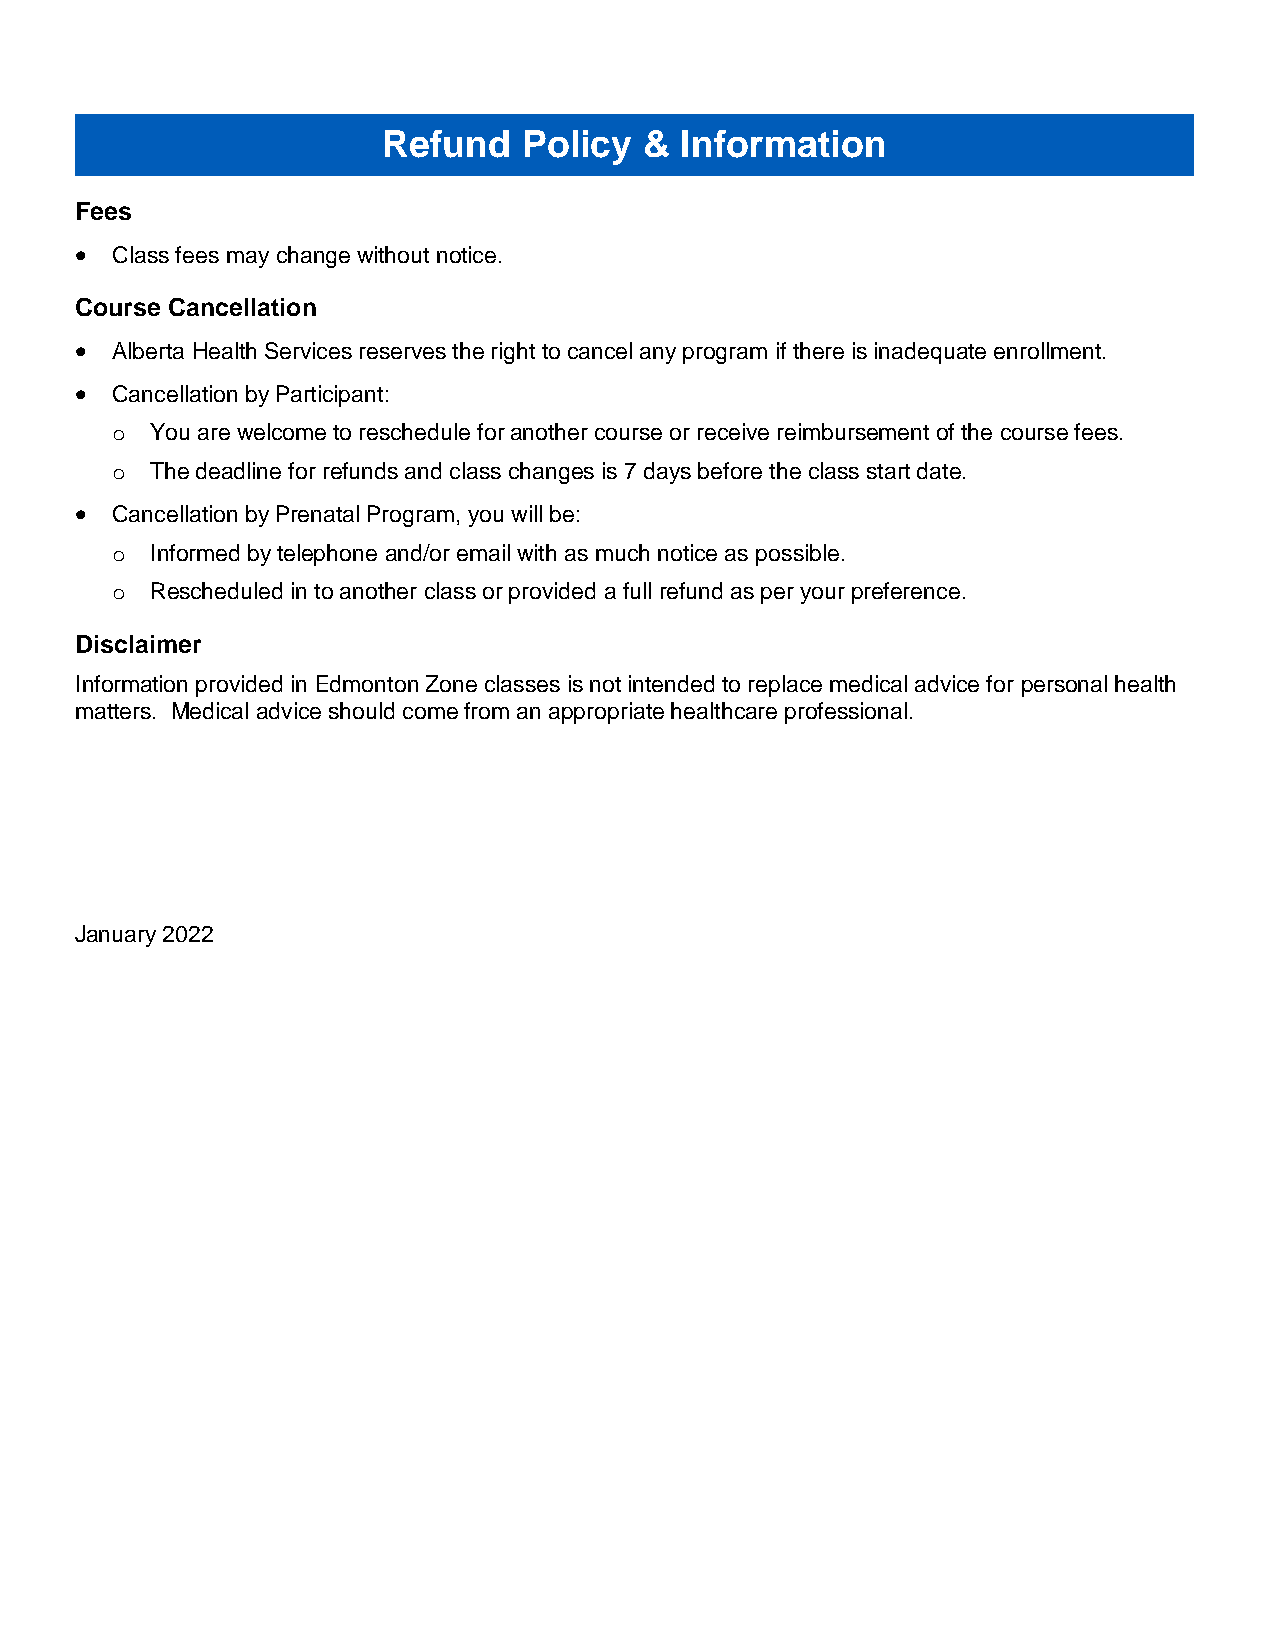
Refund    Policy  & Information
 Fees
  Class fees may change without notice.
 Course Cancellation
  Alberta Health Services reserves the right to cancel any program if there is inadequate enrollment.
  Cancellation by Participant:
 o  You are welcome to reschedule for another course or receive reimbursement of the course fees.
 o  The deadline for refunds and class changes is 7 days before the class start date.
  Cancellation by Prenatal Program, you will be:
 o  Informed by telephone and/or email with as much notice as possible.
 o  Rescheduled in to another class or provided a full refund as per your preference.
 Disclaimer
 Information provided in Edmonton Zone classes is not intended to replace medical advice for personal health
 matters. Medical advice should come from an appropriate healthcare professional.
 January 2022